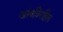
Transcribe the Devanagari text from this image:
खांबविरहित